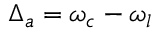
\Delta _ { a } = \omega _ { c } - \omega _ { l }